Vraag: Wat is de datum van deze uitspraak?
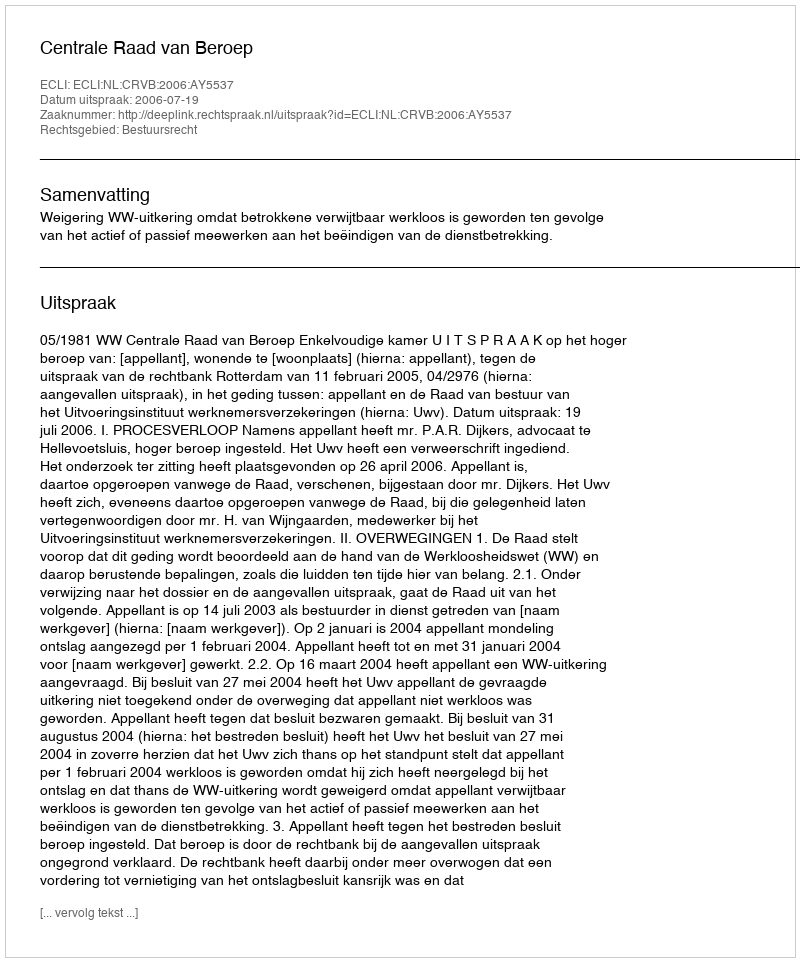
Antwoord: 2006-07-19